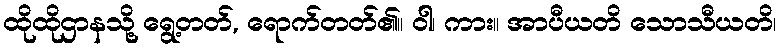
ထိုထိုဌာနသို့ ရွေ့တတ်, ရောက်တတ်၏။ ဝါ၊ ကား။ အာပီယတိ သောသီယတိ၊